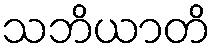
သဘိယာတိ